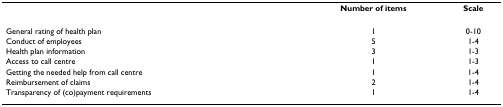
<table><thead><tr><td>[EMPTY_CELL]</td><td><b>Number of items</b></td><td><b>Scale</b></td></tr></thead><tbody><tr><td>General rating of health plan</td><td>1</td><td>0-10</td></tr><tr><td>Conduct of employees</td><td>5</td><td>1-4</td></tr><tr><td>Health plan information</td><td>3</td><td>1-3</td></tr><tr><td>Access to call centre</td><td>1</td><td>1-3</td></tr><tr><td>Getting the needed help from call centre</td><td>1</td><td>1-4</td></tr><tr><td>Reimbursement of claims</td><td>2</td><td>1-4</td></tr><tr><td>Transparency of (co)payment requirements</td><td>1</td><td>1-4</td></tr></tbody></table>